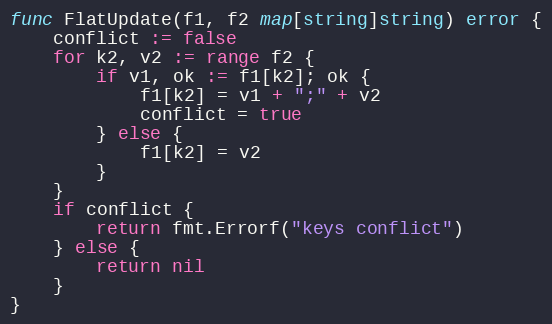
Language: Go
func FlatUpdate(f1, f2 map[string]string) error {
	conflict := false
	for k2, v2 := range f2 {
		if v1, ok := f1[k2]; ok {
			f1[k2] = v1 + ";" + v2
			conflict = true
		} else {
			f1[k2] = v2
		}
	}
	if conflict {
		return fmt.Errorf("keys conflict")
	} else {
		return nil
	}
}